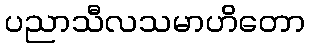
ပညာသီလသမာဟိတော